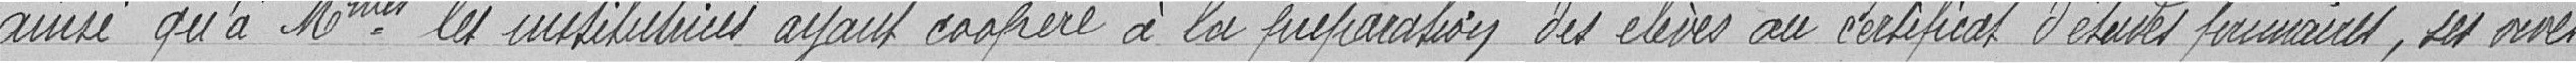
ainsi qu'à Mmes les institutrices ayant coopéré à la préparation des élèves au certificat d'élèves primaires, ses vives